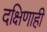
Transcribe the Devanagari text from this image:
दक्षिणाही